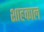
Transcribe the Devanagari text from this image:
शाहकाल